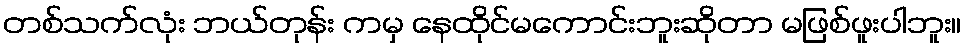
တစ်သက်လုံး ဘယ်တုန်း ကမှ နေထိုင်မကောင်းဘူးဆိုတာ မဖြစ်ဖူးပါဘူး။